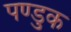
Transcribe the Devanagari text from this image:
पण्डुक